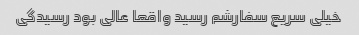
خیلی سریع سفارشم رسید واقعا عالی بود رسیدگی